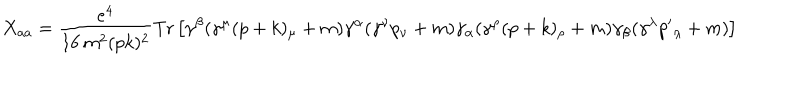
X _ { a a } = { \frac { e ^ { 4 } } { 1 6 \, m ^ { 2 } ( p k ) ^ { 2 } } } \mathrm { T r } \left[ \gamma ^ { \beta } ( \gamma ^ { \mu } ( p + k ) _ { \mu } + m ) \gamma ^ { \alpha } ( \gamma ^ { \nu } p _ { \nu } + m ) \gamma _ { \alpha } ( \gamma ^ { \rho } ( p + k ) _ { \rho } + m ) \gamma _ { \beta } ( \gamma ^ { \lambda } { p ^ { \prime } } _ { \lambda } + m ) \right]